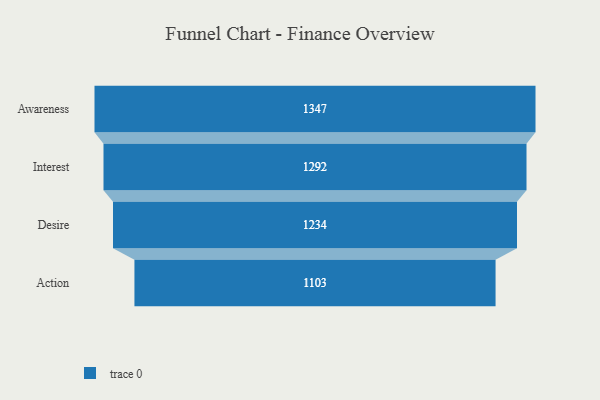
{"axis": {"x": "Stage", "y": "Value"}, "legend": [""], "data": [{"x": "Awareness", "y": 1347.0, "type": ""}, {"x": "Interest", "y": 1292.0, "type": ""}, {"x": "Desire", "y": 1234.0, "type": ""}, {"x": "Action", "y": 1103.0, "type": ""}]}